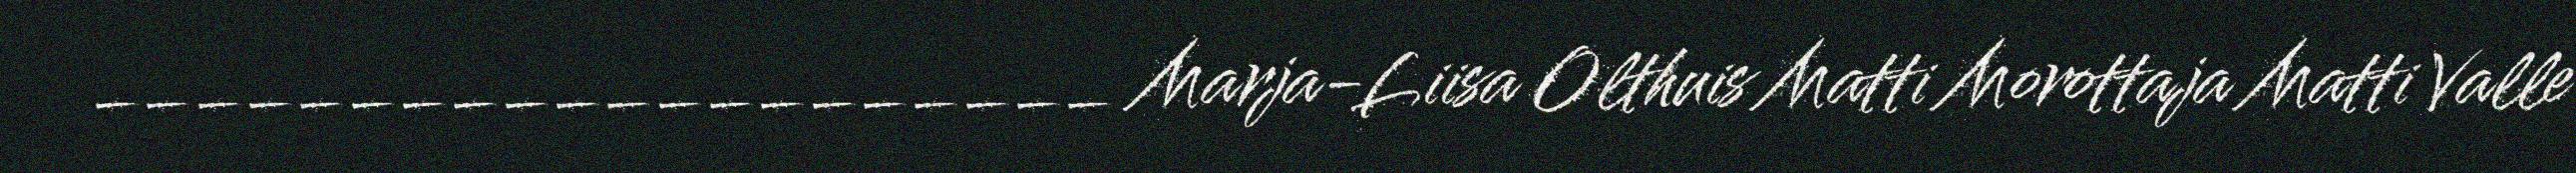
____________________ Marja-Liisa Olthuis Matti Morottaja Matti Valle